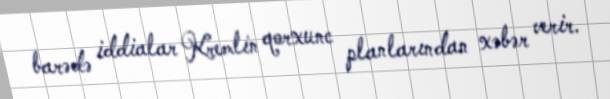
barədə iddialar Kremlin qorxunc planlarından xəbər verir.